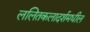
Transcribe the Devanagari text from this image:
ललितकलादर्शमधील